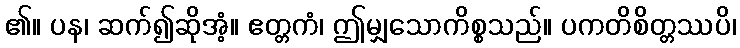
၏။ ပန၊ ဆက်၍ဆိုအံ့။ ဧတ္တကံ၊ ဤမျှသောကိစ္စသည်။ ပကတိစိတ္တဿပိ၊